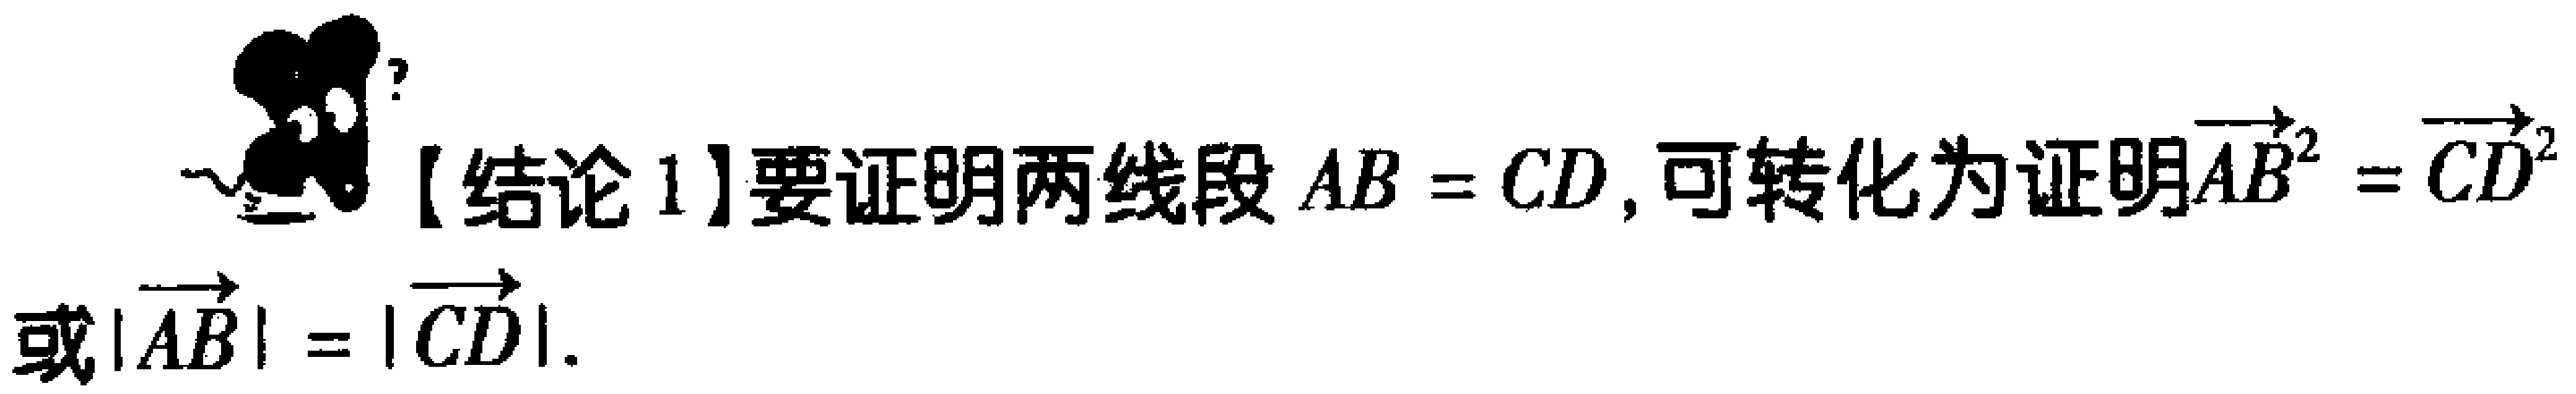
【结论1】要证明两线段 \(AB = CD\)，可转化为证明\(\overrightarrow{AB}^{2}=\overrightarrow{CD}^{2}\)或\(|\overrightarrow{AB}| = |\overrightarrow{CD}|\)。